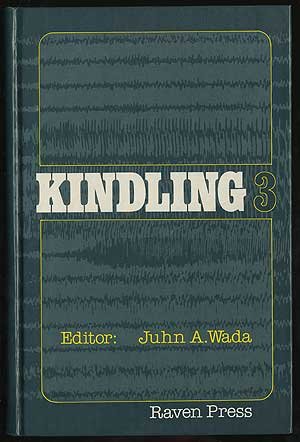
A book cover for Kindling 3; Health, Fitness & Dieting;